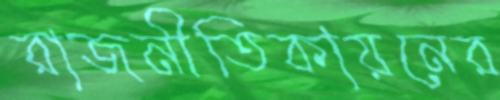
রাজনীতিকায়নের